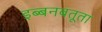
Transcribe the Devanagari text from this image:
इब्बनबतूता